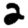
Digit: 2